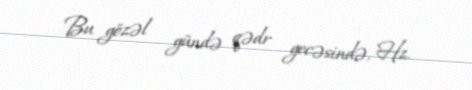
Bu gözəl gündə qədr gecəsində, Hz.